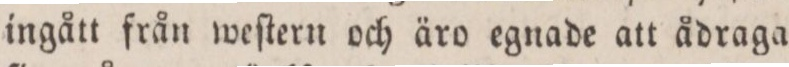
ingått från weſtern och äro egnade att ådraga